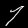
Digit: 7